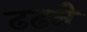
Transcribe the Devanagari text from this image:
ढढने